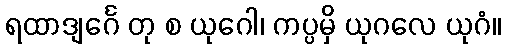
ရထာဒျင်္ဂေ တု စ ယုဂေါ၊ ကပ္ပမှိ ယုဂလေ ယုဂံ။